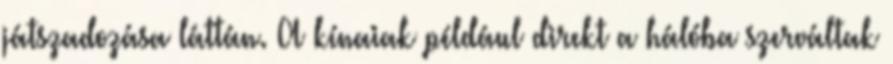
játszadozása láttán. A kínaiak például direkt a hálóba szerváltak